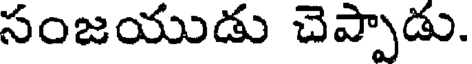
సంజయుడు చెప్పాడు.